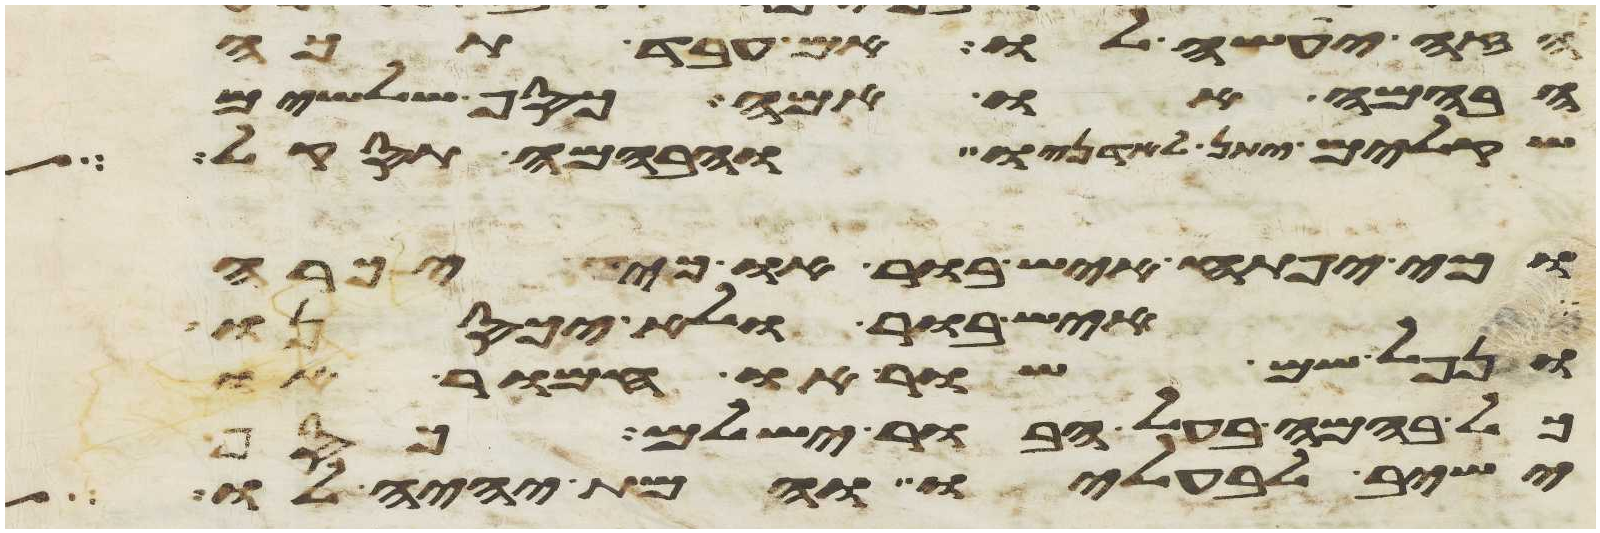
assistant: הזה יעשה לו אם עבד תכה
הבהמה או אמה כסף שלשים
שקלים יתן לאדניו והבהמה תסקל
וכי יפתח איש בור או כי יכרה
איש בור ולא יכסנו
ונפל שם שור או חמור או
כל בהמה בעל הבור ישלם כסף
ישיב לבעליו והמת יהיה לו